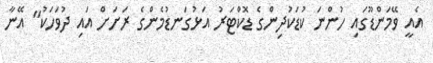
އެއީ ވޭމަންޑޫގައި ހުންނަ ކުޑަކުދިންގެ ޑޮކްޓަރު އަޅުގަނޑުމެންގެ ރަށަށް އައި ދުވަހަކު" އޭނާ